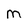
Character: M